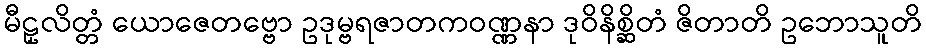
မီဠှလိတ္တံ ယောဇေတဗ္ဗော ဥဒုမ္ဗရဇာတကဝဏ္ဏနာ ဒုဝိနိစ္ဆိတံ ဇိတာတိ ဥဘောသူတိ